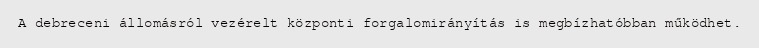
A debreceni állomásról vezérelt központi forgalomirányítás is megbízhatóbban működhet.